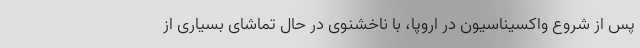
پس از شروع واکسیناسیون در اروپا، با ناخشنوی در حال تماشای بسیاری از